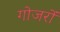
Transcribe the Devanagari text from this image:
गोजरों